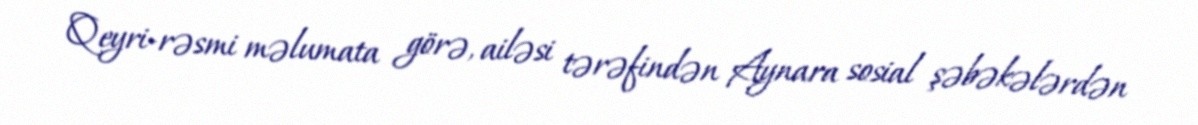
Qeyri-rəsmi məlumata görə, ailəsi tərəfindən Aynara sosial şəbəkələrdən